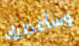
وسأعطيك